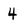
Character: 4